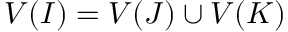
V ( I ) = V ( J ) \cup V ( K )